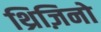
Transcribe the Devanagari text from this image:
थ्रिज़िनो